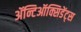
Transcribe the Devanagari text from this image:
ॲन्टिऑक्सिडेंट्स